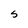
Character: S